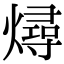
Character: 燖